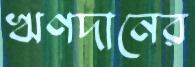
ঋণদানের